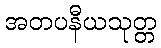
အတပနီယသုတ္တ